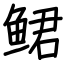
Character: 鲪